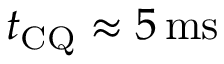
t _ { \mathrm { C Q } } \approx 5 \, \mathrm { m s }